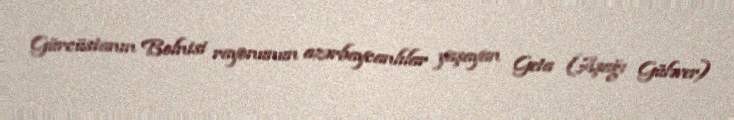
Gürcüstanın Bolnisi rayonunun azərbaycanlılar yaşayan Geta (Aşağı Güləver)